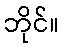
ဘိုင်။